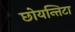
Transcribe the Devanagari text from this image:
छोयन्तिटा